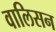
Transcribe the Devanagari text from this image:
वालिसन